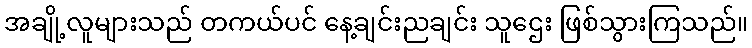
အချို့လူများသည် တကယ်ပင် နေ့ချင်းညချင်း သူဌေး ဖြစ်သွားကြသည်။